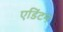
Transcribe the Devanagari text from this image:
एडिंटन